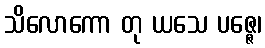
သိလောကော တု ယသေ ပဇ္ဇေ၊